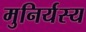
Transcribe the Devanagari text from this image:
मुनिर्यस्य